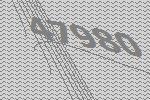
47980